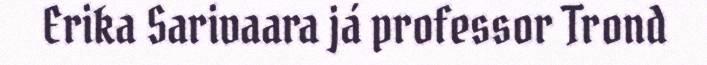
Erika Sarivaara já professor Trond